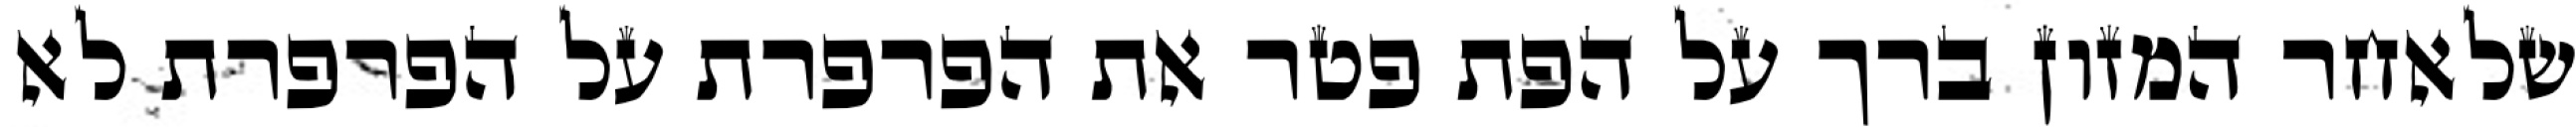
שלאחר המזון ברך על הפת פטר את הפרפרת על הפרפרת לא